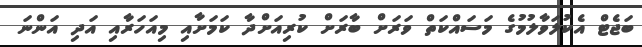
ބަޖެޓް އެކުލަވާލުމުގެ މަސައްކަތް ވަރަށް ބާރަށް ކުރިއަށްދާ ކަމަށާއި މިއަހަރާއި އަދި އަންނަ